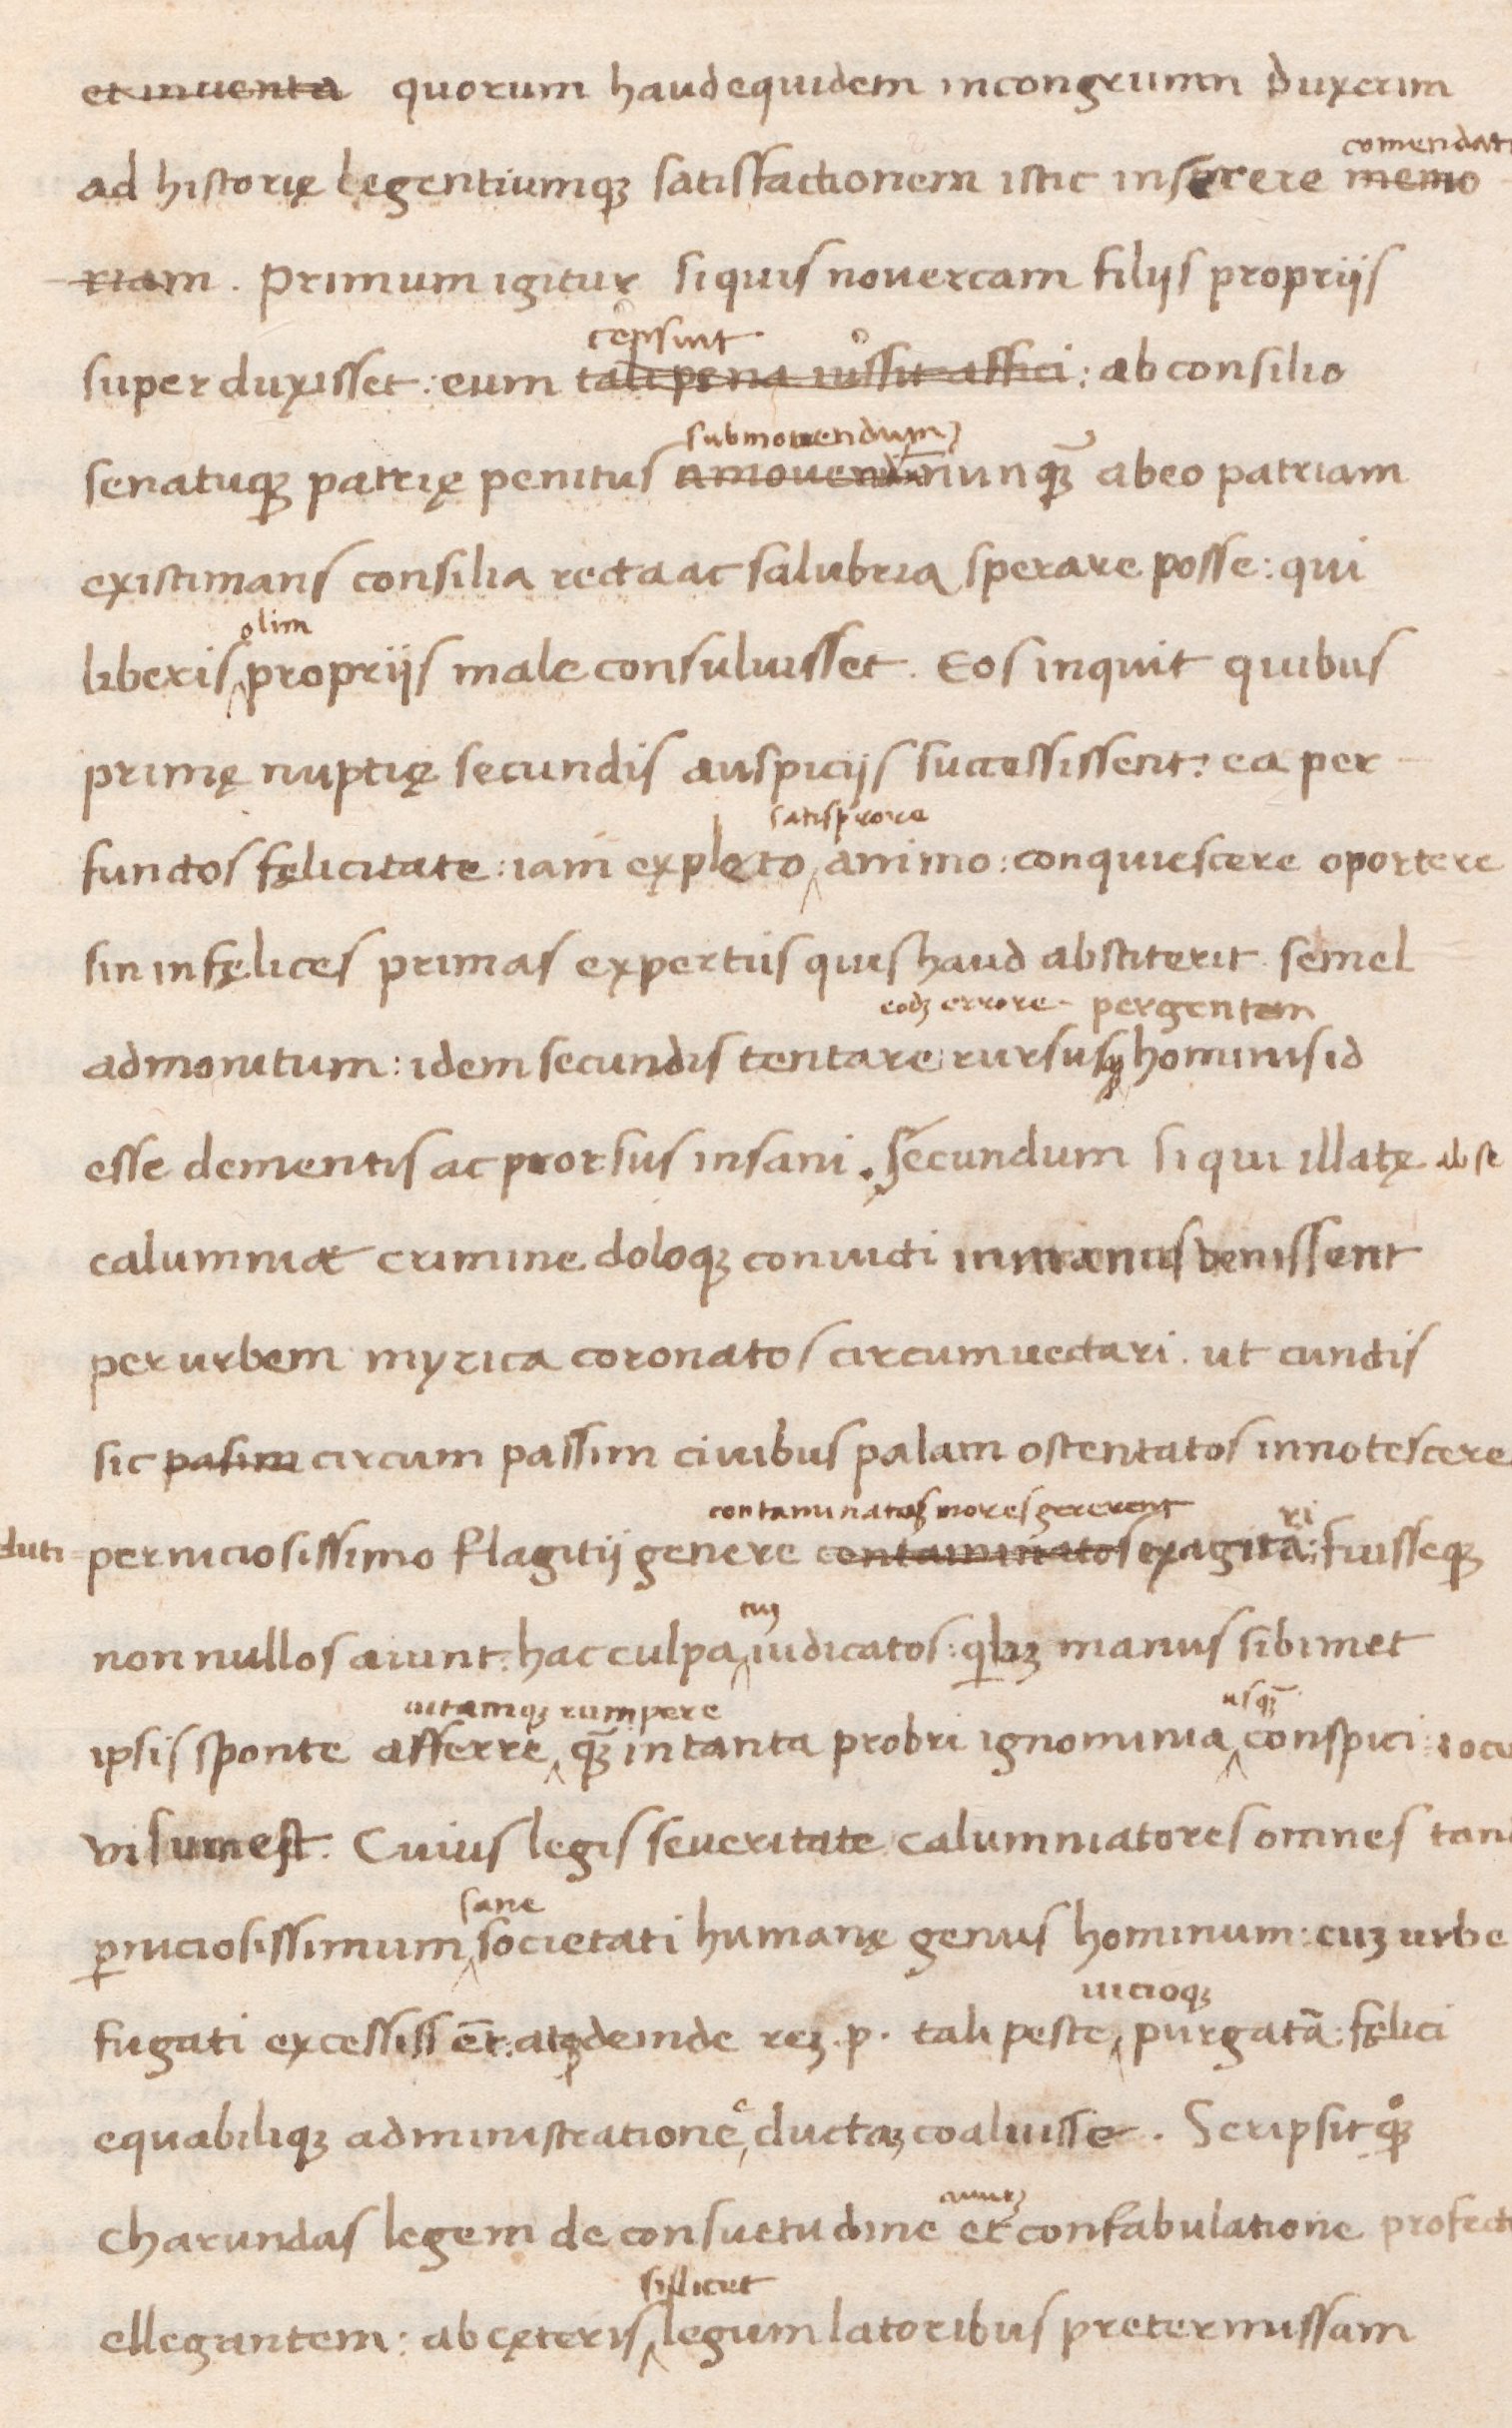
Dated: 1438–1468